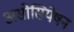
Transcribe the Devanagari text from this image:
असोसियेषन